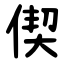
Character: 偰